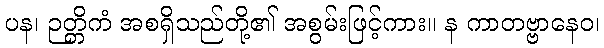
ပန၊ ဉတ္တိကံ အစရှိသည်တို့၏ အစွမ်းဖြင့်ကား။ န ကာတဗ္ဗာနေဝ၊